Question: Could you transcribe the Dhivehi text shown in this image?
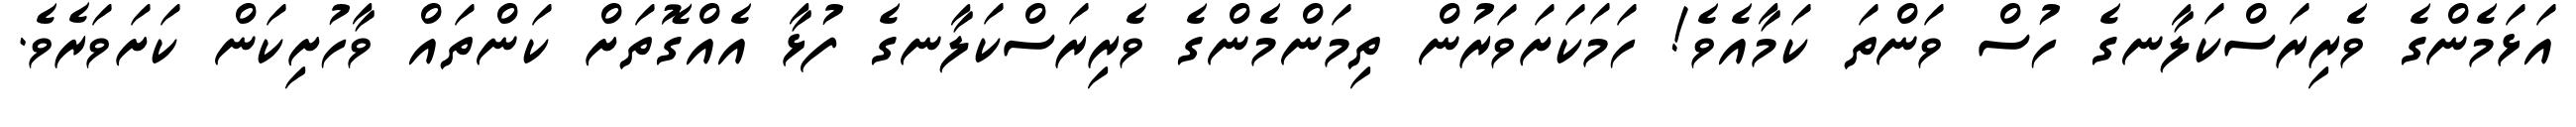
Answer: އަޅަމެންގެ ވެރިރަސްކަލާނގެ ހުސް ވަންތަ ކަމާއެވެ! ހަމަކަށަވަރުން ތިމަންމެންގެ ވެރިރަސްކަލާނގެ ފުޅާ އެއްގޮތަށް ކަންތައް ވާހުށިކަން ކަށަވަރެވެ.